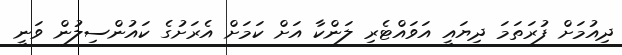
ދިއުމަށް ފުރަތަމަ ދިޔައީ އަވައްޓެރި ލަންކާ އަށް ކަމަށް އެރަށުގެ ކައުންސިލުން ވަނީ